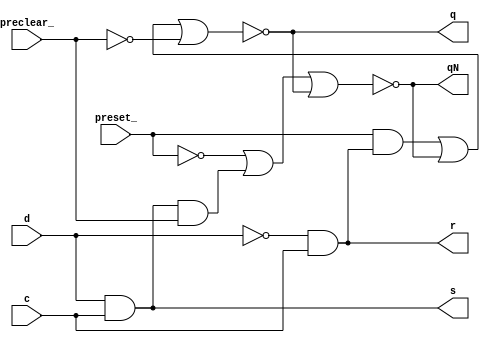
/**
 *       Il D latch altro non e' che un latch SR preceduto da una rete
 *       combinatoria che permette di comandarlo tramite una variabile
 *       d (data) e una variabile c (control) , traducendo i comandi impartiti
 *       tramite tali variabili nei comandi da impartire al latch SR interno.
 *       
 *       Piu' formalmente, il comportamento del D latch e' il seguente: per
 *       tutto il tempo in cui c e' a 1, il D latch e' in una fase di
 *       inseguimento (cioe' di trasparenza) durante la quale continuamente
 *       memorizza e presenta in uscita il valore della variabile di ingresso
 *       d; quando la variabile c e' a 0, il D latch e' in una fase di
 *       conservazione, in cui mantiene costante il valore della variabile di
 *       uscita q (valore che e' pari all'ultimo valore di d memorizzato).
 *
 *       Per assicurare una corretta memorizzazione dell'ultimo valore di
 *       d presente in ingresso prima che il D latch passi dalla fase di
 *       inseguimento alla fase di conservazione, occorre che tale valore
 *       rimanga costante per qualche tempo prima (Tsetup) e per qualche tempo
 *       dopo (Thold) rispetto alla transizione da 1 a 0 del valore della
 *       variabile c.
 *       
 *         Created on 22/05/2019.
 */

module D_Latch(q, qN, s, r, preset_, preclear_, d, c);
    input preset_, preclear_;
    input d, c;
    output s, r;
    output q, qN;

    // d latch additional circuitry
    assign #1 s = d & c;
    assign #1 r = ~d & c;

    // default SR Latch with reset implementation
    assign #2 q = ~((preset_ & r) | qN | ~preclear_);
    assign #2 qN = ~(~preset_ | (s & preclear_) | q);
endmodule